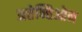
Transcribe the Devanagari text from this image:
अत्तेन्तिओन